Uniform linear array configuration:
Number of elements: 48
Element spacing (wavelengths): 0.75
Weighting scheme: kaiser
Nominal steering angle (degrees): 60
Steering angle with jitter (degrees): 60.065
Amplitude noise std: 0.05
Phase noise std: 0.05

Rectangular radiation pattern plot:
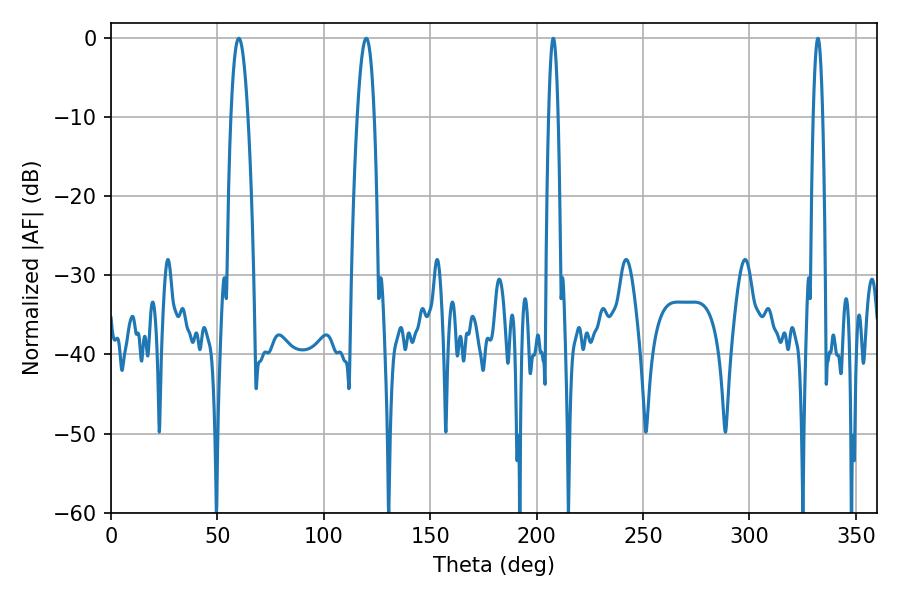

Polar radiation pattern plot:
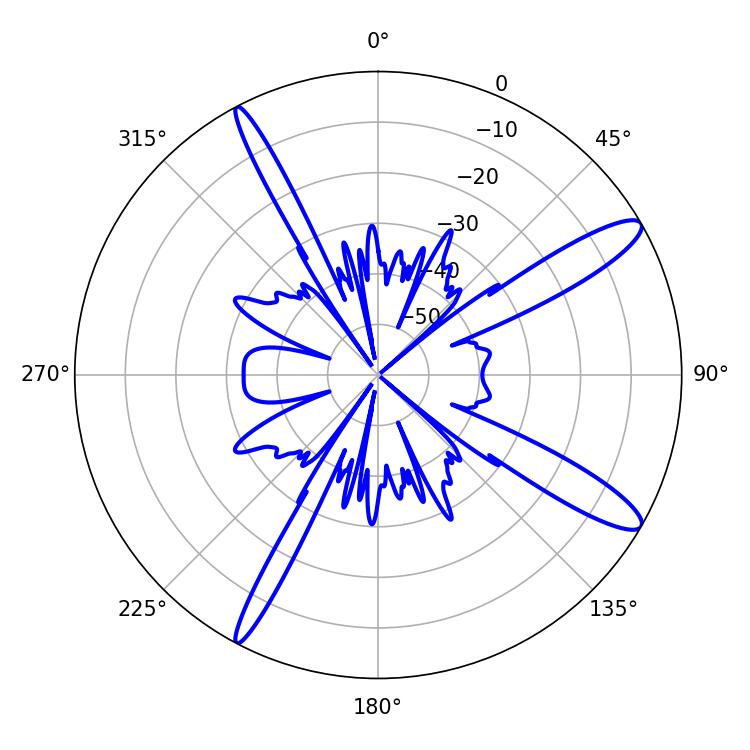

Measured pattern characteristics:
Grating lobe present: TRUE
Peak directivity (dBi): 12.989
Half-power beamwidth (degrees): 4.32
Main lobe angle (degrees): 60.12